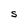
Character: S